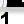
Digit: 1